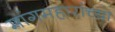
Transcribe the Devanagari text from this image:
मांगमहारांच्या